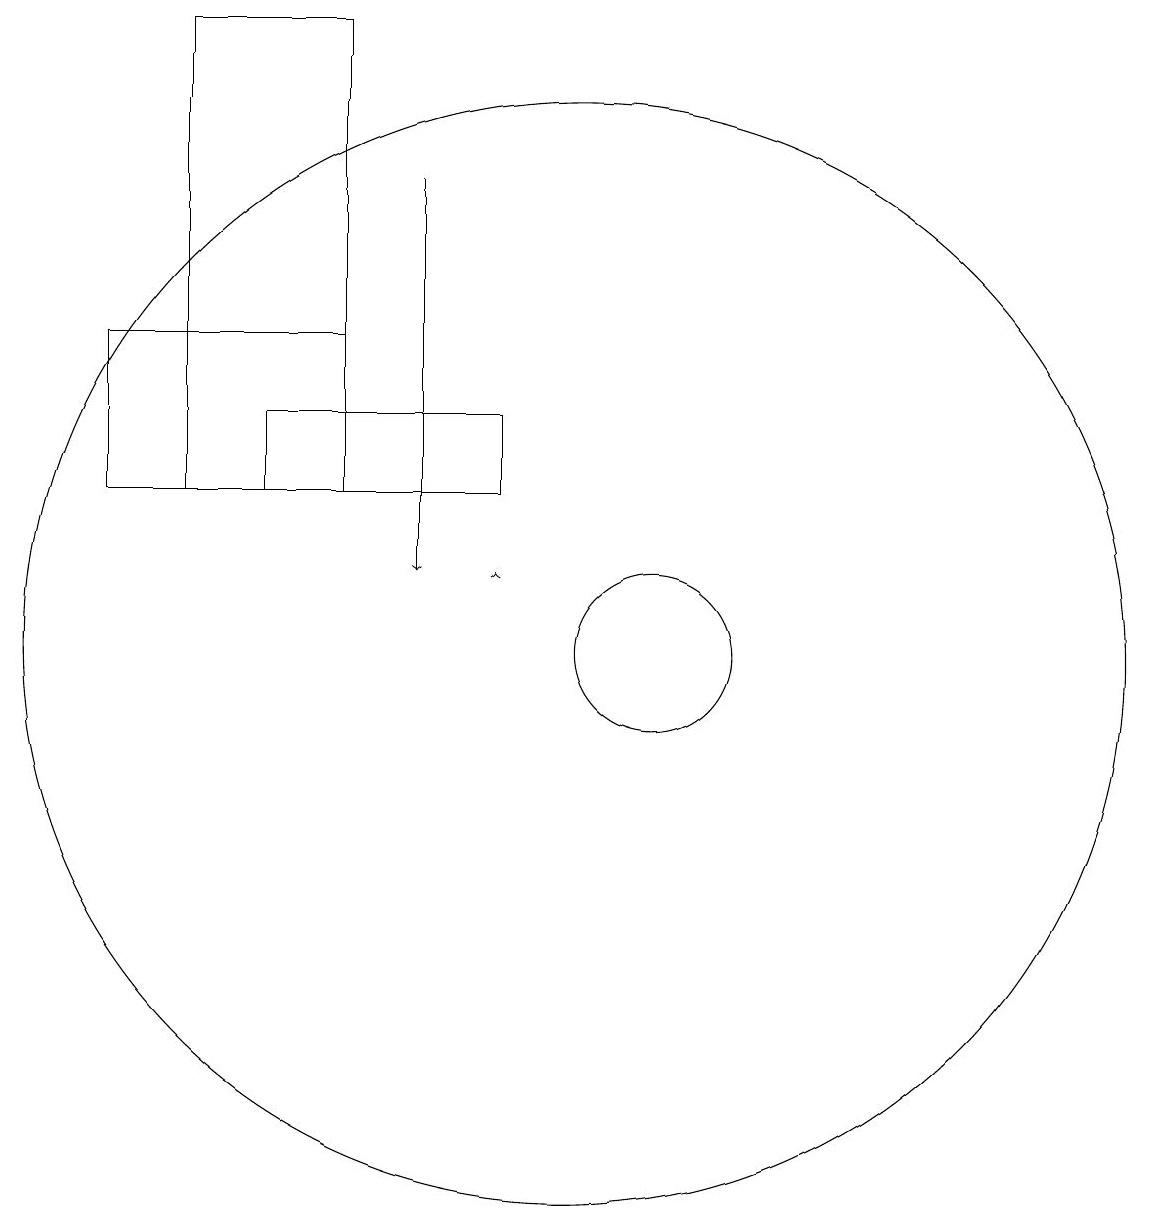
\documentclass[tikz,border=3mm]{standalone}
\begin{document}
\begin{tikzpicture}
\draw (10,11) circle (7);
\draw (5,19) rectangle (7,13);
\draw[->] (8,17) -- (8,12);
\draw (6,14) rectangle (9,13);
\draw (7,15) rectangle (4,13);
\draw (11,11) circle (1);
\draw[->] (9,12) -- (9,12);
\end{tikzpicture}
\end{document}